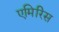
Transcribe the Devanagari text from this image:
एमिरिस